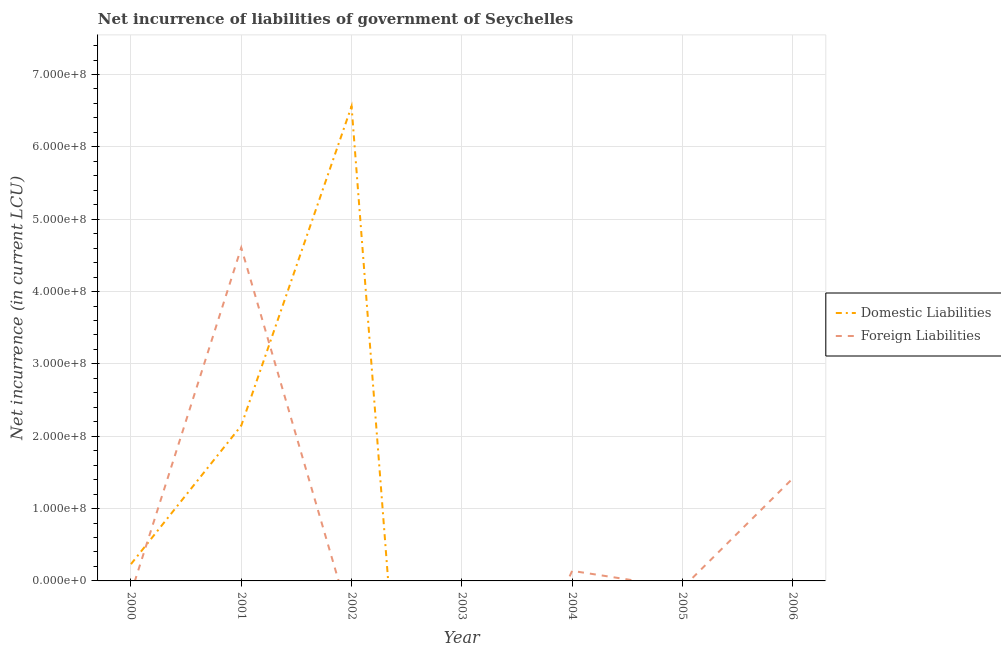
| Year | Domestic Liabilities | Foreign Liabilities |
 | --- | --- | --- |
 | 2000 | 2.32e+07 | -1.7e+07 |
 | 2001 | 2.15e+08 | 4.61e+08 |
 | 2002 | 6.56e+08 | -6.11e+07 |
 | 2003 | -1.32e+09 | -3.22e+08 |
 | 2004 | -1.18e+09 | 1.39e+07 |
 | 2005 | -3.93e+08 | -9.7e+06 |
 | 2006 | -5.16e+08 | 1.42e+08 |